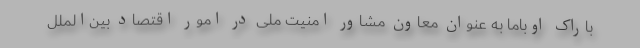
باراک اوباما به عنوان معاون مشاور امنیت ملی در امور اقتصاد بین‌الملل